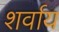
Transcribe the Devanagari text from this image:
शर्वाय